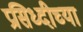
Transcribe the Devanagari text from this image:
प्रसिध्दीच्या